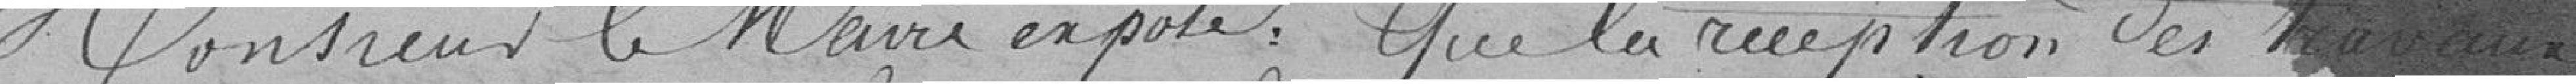
Monsieur le maire expose que la réception des travaux